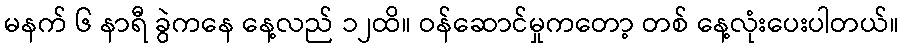
မနက် ၆ နာရီ ခွဲကနေ နေ့လည် ၁၂ထိ။ ဝန်ဆောင်မှုကတော့ တစ် နေ့လုံးပေးပါတယ်။